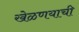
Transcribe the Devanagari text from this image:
खेळणयाची